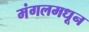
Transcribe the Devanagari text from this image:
मंगलमधून